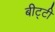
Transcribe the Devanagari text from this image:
बीट्टी